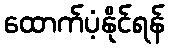
ထောက်ပံ့နိုင်ရန်